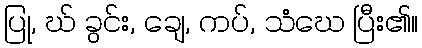
ပြု, ဃ် ခွင်း, ချေ, ကပ်, သံဃေ ပြီး၏။